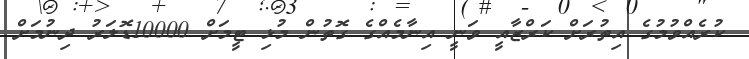
ކުރެއްވުމުގެ އިތުރަށް ކަރްޒާއީ ވަނީ އިނާމެއްގެ ގޮތުން މުޅި ޓީމަށް 10000ޑޮލަރު ދިނުމަށް